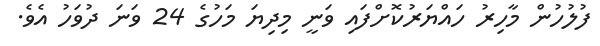
ފުލުހުން މާހިރު ހައްޔަރުކޮށްފައި ވަނީ މިދިޔަ މަހުގެ 24 ވަނަ ދުވަހު އެވެ.